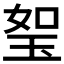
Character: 𤥏